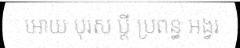
អោយ បុរស ប្តី ប្រពន្ធ អង្វរ